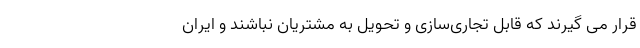
قرار می گیرند که قابل تجاری‌سازی و تحویل به مشتریان نباشند و ایران